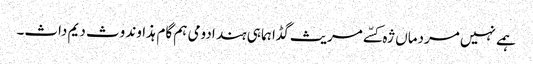
ہمے نہیں مردماں ژہ کسّے مریث گڈا ہما ہی ہند ادومی ہم گام ہذاوند وث دیم داث۔